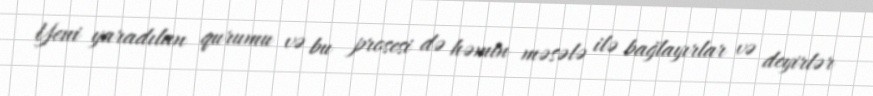
Yeni yaradılan qurumu və bu prosesi də həmin məsələ ilə bağlayırlar və deyirlər